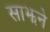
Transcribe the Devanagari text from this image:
साझने